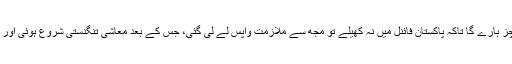
انہوں نے بتایا کہ ورلڈکپ کے دوران میں نے جب دعویٰ کیا کہ بھارت جان بوجھ کر میچز ہارے گا تاکہ پاکستان فائنل میں نہ کھیلے تو مجھ سے ملازمت واپس لے لی گئی، جس کے بعد معاشی تنگدستی شروع ہوئی اور پھر میں لاہور منتقل ہوا، برے حالات میں لوگوں کو پہچانا اور میں رب سے قریب ہوگیا۔